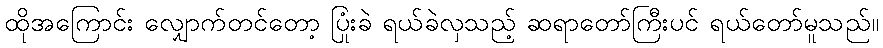
ထိုအကြောင်း လျှောက်တင်တော့ ပြုံးခဲ ရယ်ခဲလှသည့် ဆရာတော်ကြီးပင် ရယ်တော်မူသည်။